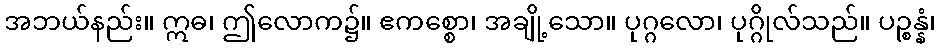
အဘယ်နည်း။ ဣဓ၊ ဤလောက၌။ ဧကစ္စော၊ အချို့သော။ ပုဂ္ဂလော၊ ပုဂ္ဂိုလ်သည်။ ပဉ္စန္နံ၊